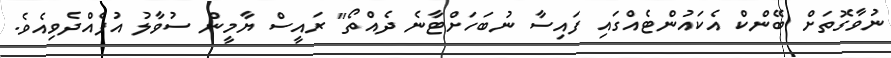
ނުވާގޮތަށް ބޭންކް އެކައުންޓެއްގައި ފައިސާ ނުބަހަށްޓާނެ ދެއްތޯ" ރައީސް ޔާމީން ސުވާލު އުފެއްދެވިއެވެ.